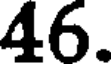
46.